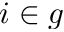
i \in g